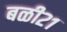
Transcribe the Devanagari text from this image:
बळी२१